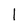
Character: l